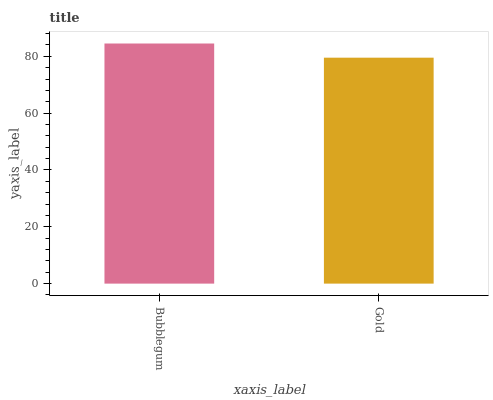
| xaxis_label | bars |
 | --- | --- |
 | Bubblegum | 84.5 |
 | Gold | 79.5 |